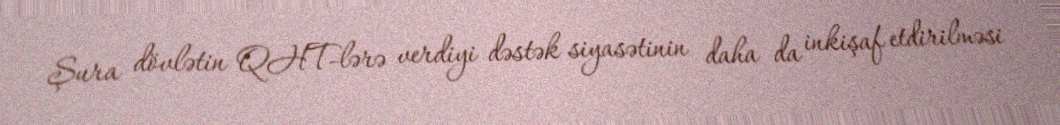
Şura dövlətin QHT-lərə verdiyi dəstək siyasətinin daha da inkişaf etdirilməsi